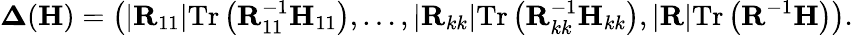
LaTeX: \boldsymbol{\Delta}(\mathbf{H})=\left(\left|\mathbf{R}_{11}\right|\mathrm{Tr}\left(\mathbf{R}_{11}^{-1}\mathbf{H}_{11}\right),\dots,\left|\mathbf{R}_{kk}\right|\mathrm{Tr}\left(\mathbf{R}_{kk}^{-1}\mathbf{H}_{kk}\right),\left|\mathbf{R}\right|\mathrm{Tr}\left(\mathbf{R}^{-1}\mathbf{H}\right)\right).